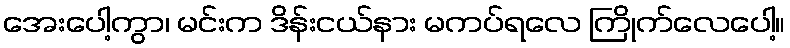
အေးပေါ့ကွာ၊ မင်းက ဒိန်းငယ်နား မကပ်ရလေ ကြိုက်လေပေါ့။